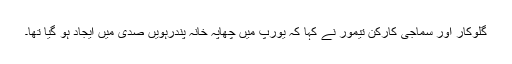
گلوکار اور سماجی کارکن تیمور نے کہا کہ یورپ میں چھاپہ خانہ پندرہویں صدی میں ایجاد ہو گیا تھا۔